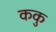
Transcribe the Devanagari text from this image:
ककु